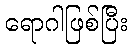
ရောဂါဖြစ်ပြီး